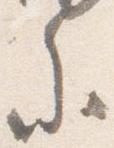
参